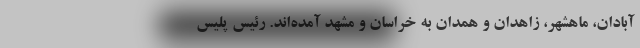
آبادان، ماهشهر، زاهدان و همدان به خراسان و مشهد آمده‌اند. رئیس پلیس